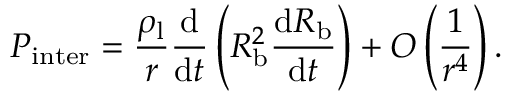
P _ { \mathrm { i n t e r } } = \frac { \rho _ { \mathrm { l } } } { r } \frac { \mathrm { d } } { \mathrm { d } t } \left( R _ { \mathrm { b } } ^ { 2 } \frac { \mathrm d R _ { \mathrm { b } } } { \mathrm d t } \right) + O \left( \frac { 1 } { r ^ { 4 } } \right) .